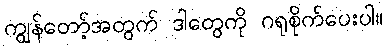
ကျွန်တော့်အတွက် ဒါတွေကို ဂရုစိုက်ပေးပါ။